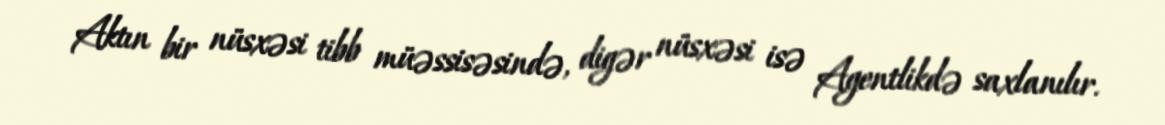
Aktın bir nüsxəsi tibb müəssisəsində, digər nüsxəsi isə Agentlikdə saxlanılır.